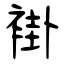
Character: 褂